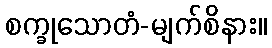
စက္ခုသောတံ-မျက်စိနား။